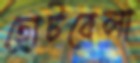
ছোটবেলা